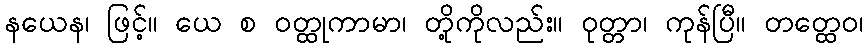
နယေန၊ ဖြင့်။ ယေ စ ဝတ္ထုကာမာ၊ တို့ကိုလည်း။ ဝုတ္တာ၊ ကုန်ပြီ။ တတ္ထေဝ၊